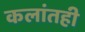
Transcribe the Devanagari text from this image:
कलांतही